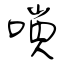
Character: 嗩